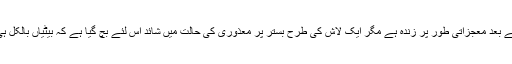
باپ گولی لگنے کے بعد معجزاتی طور پر زندہ ہے مگر ایک لاش کی طرح بستر پر معذوری کی حالت میں شائد اس لئے بچ گیا ہے کہ بیٹیاں بالکل ہی تنہا نہ رہ جائیں ۔